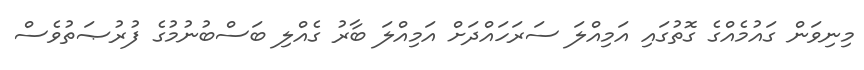
މިނިވަން ގައުމެއްގެ ގޮތުގައި އަމިއްލަ ސަރަހައްދަށް އަމިއްލަ ބާރު ގެއްލި ބަސްބުނުމުގެ ފުރުޞަތުވެސް